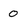
Character: 0